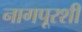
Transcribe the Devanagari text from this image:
नागपूरशी